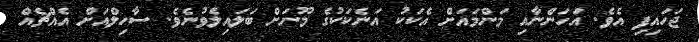
ޖަހައިފި އެވެ. އަހަންނާއި މަންމައަށް އެކަކު އަނެކަކުގެ މޫނަށް ބަލައިލެވުނެވެ. ސާހިލްއަށް އެއްޗެއް